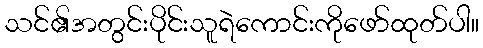
သင်၏အတွင်းပိုင်းသူရဲကောင်းကိုဖော်ထုတ်ပါ။